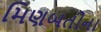
મિણબતીના